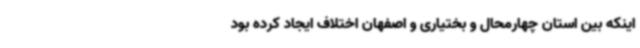
اینکه بین استان چهارمحال و بختیاری و اصفهان اختلاف ایجاد کرده بود